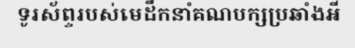
ទូរស័ព្ទរបស់មេដឹកនាំគណបក្សប្រឆាំងអី